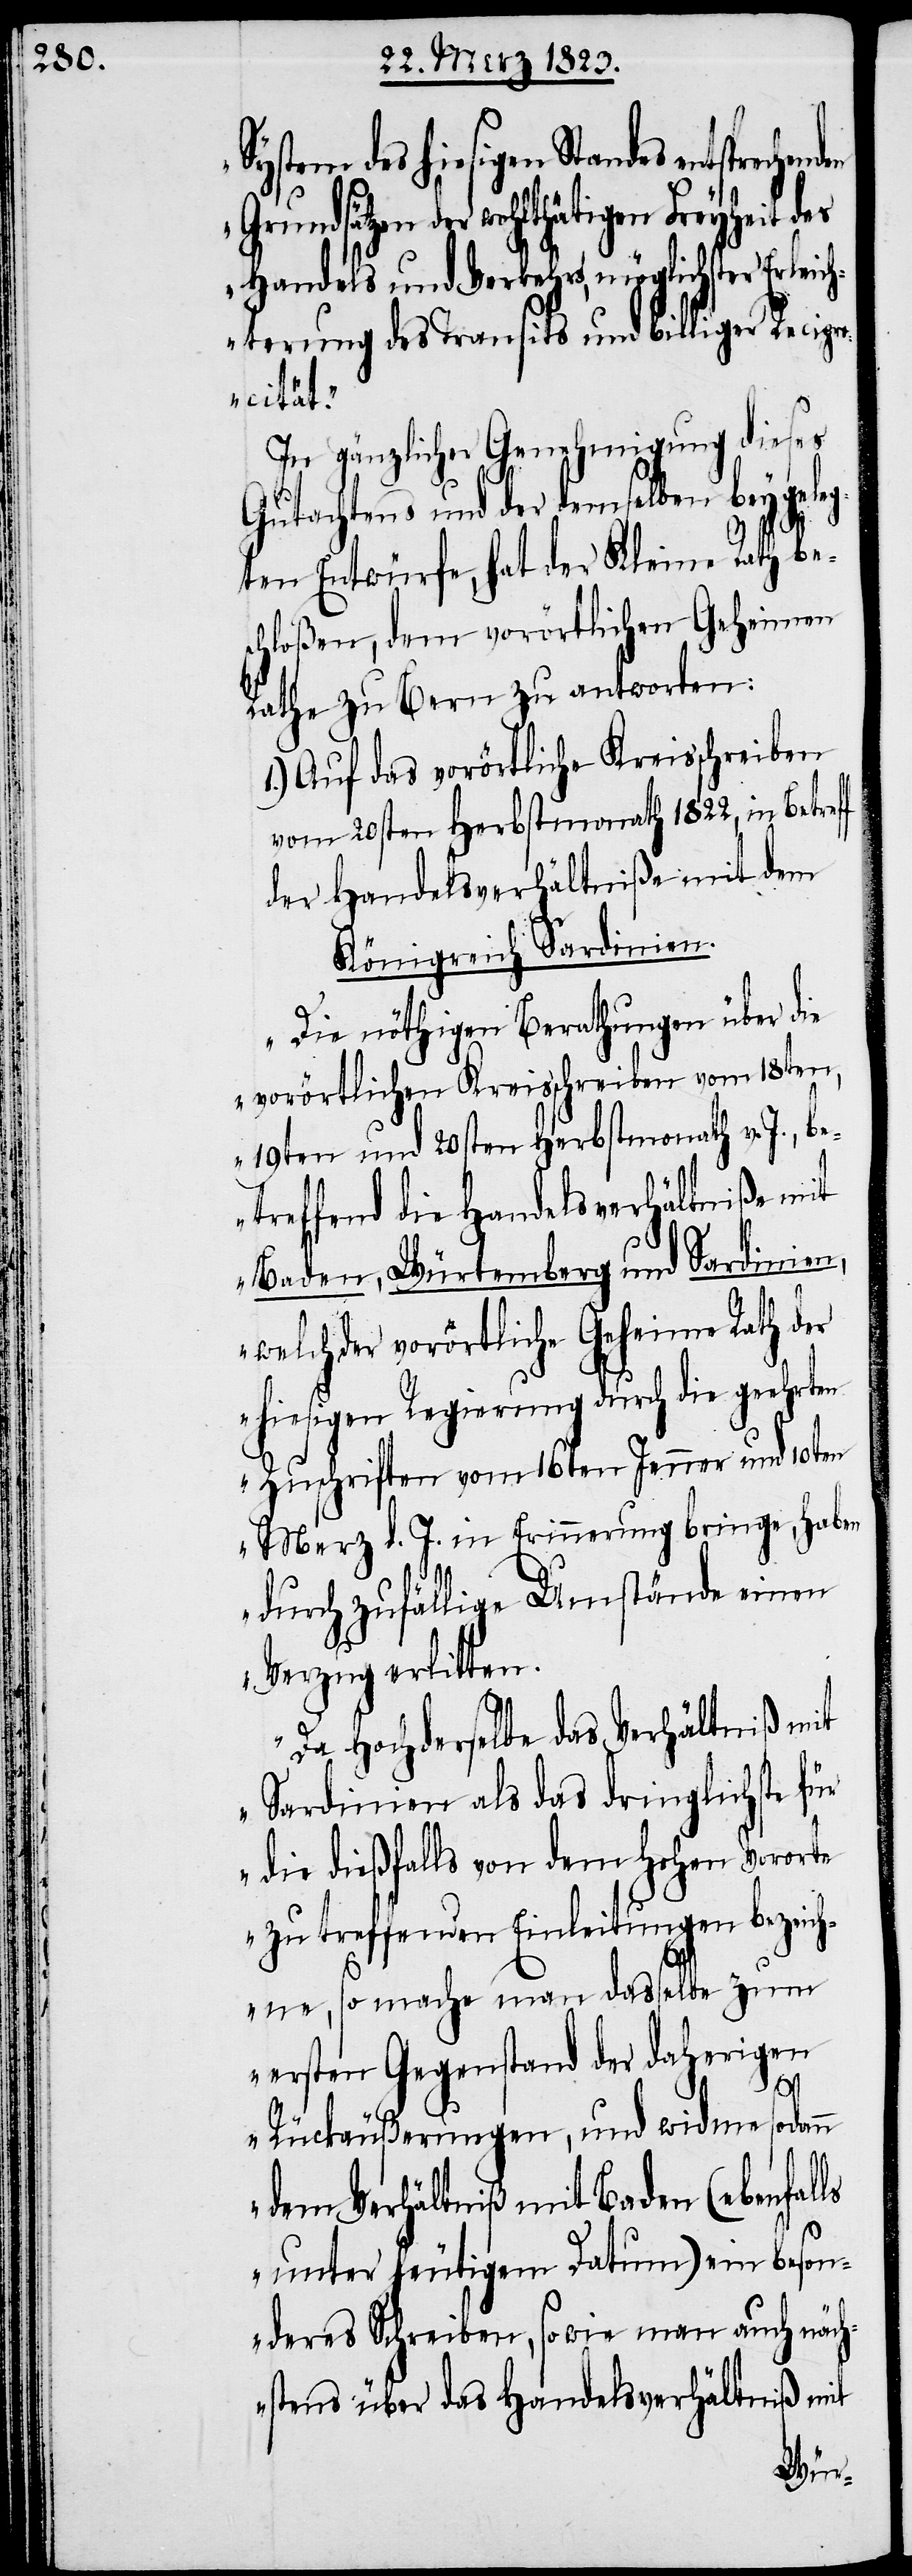
System des hiesigen Standes entsprech¬
n Grundsätzen der wohlthätigen Freyheit des
Handels und Verkehrs, möglichster Erleic¬
hterung des Transits und billiger Recipr¬
ocität.“
In gänzlicher Genehmigung dieses
Gutachtens und der demselben beygele¬
gten Entwürfe, hat der Kleine Rath bes¬
chloßen, dem vorörtlichen Geheimen
Rathe zu Bern zu antworten:
1.) Auf das vorörtliche Kreisschreiben
vom 20sten Herbstmonath 1822, in Betref¬
der Handelsverhältniße mit dem
Königreich Sardinien.
„Die nöthigen Berathungen über die
vorörtlichen Kreisschreiben vom 18ten,
19ten und 20sten Herbstmonath v. J., b¬
etreffend die Handelsverhältniße mit
Baden, Würtemberg und Sardinien,
der vorörtliche Geheime Rath der
hiesigen Regierung durch die geehrt¬
en Zuschriften vom 16ten Jenner und 10ten
Merz d. J. in Erinnerung bringe, haben
durch zufällige Umstände einen
Verzug erlitten.
Da Hochderselbe das Verhältniß mit
Sardinien als das dringlichste fü¬
r die dießfalls von dem Hohen Vororte
zu treffenden Einleitungen bezeich¬
ne, so mache man dasselbe zum
ersten Gegenstand der daherigen
f
Rückäußerungen, und widme sodann
dem Verhältniß mit Baden (ebenfalls
unter heutigem Datum) ein beson¬
deres Schreiben, sowie man auch näch¬
stens über das Handelsverhältniß mit
ende¬